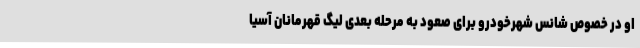
او در خصوص شانس شهرخودرو برای صعود به مرحله بعدی لیگ قهرمانان آسیا